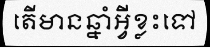
តើមានឆ្នាំអ្វីខ្លះទៅ